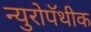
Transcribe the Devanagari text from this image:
न्युरोपॅथीक